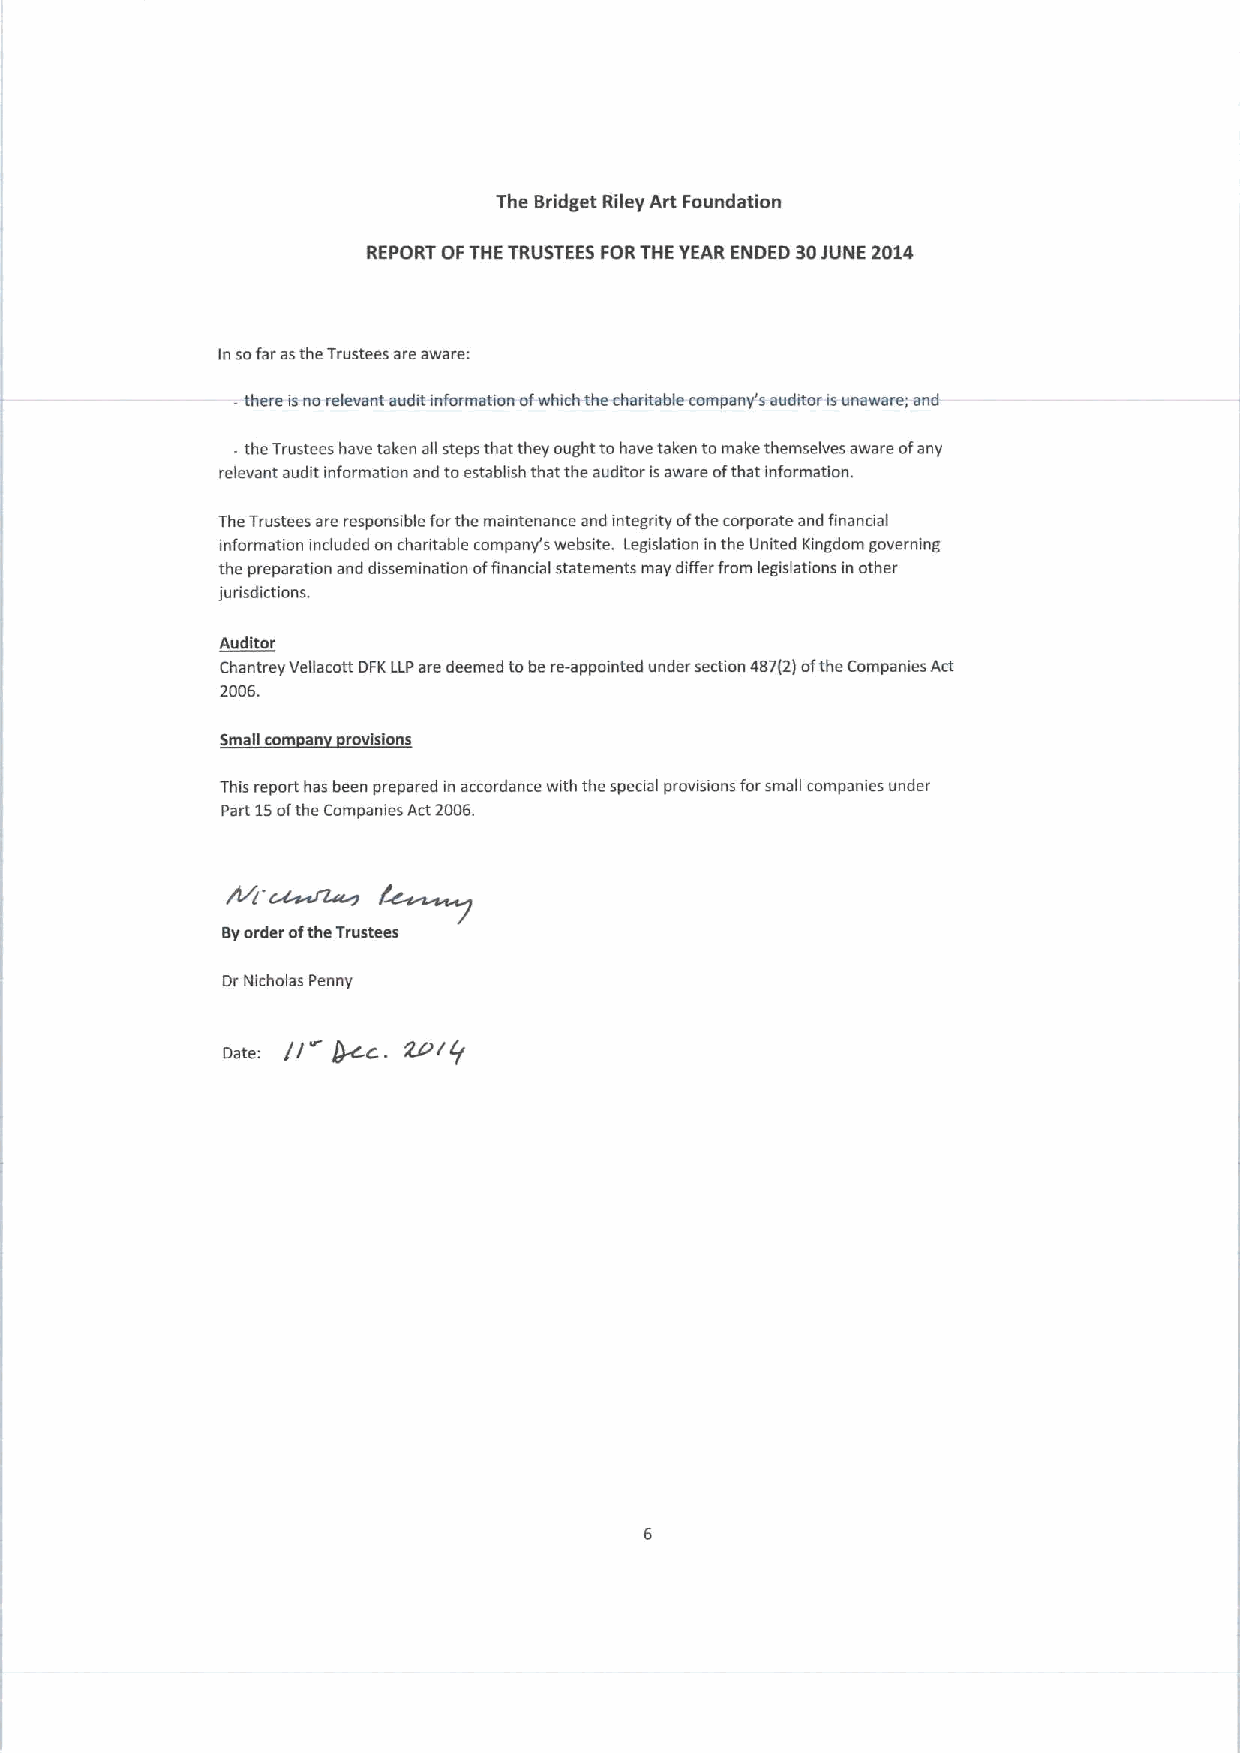
The Bridget Riley Art Foundation
 REPORT OFTHE TRUSTEES FORTHE YEAR ENDED 30JUNE 2014
 In sofar asthe Trustees are aware:
 .
 there isno relevant audkt information ofwhich the charitable company's auditor isunaware; and
 - the Trustees have taken all steps that they ought tohave taken tomake themselves aware ofany
 relevant audit information and toestablish that the auditor isaware ofthat information.
 The Trustees are responsible forthe maintenance and integrity ofthe corporate and financial
 information included on chantable company's website. Legislation in the United Kingdom governing
 the preparation and dissemination offinancial statements may differ from legislations in other
 jurisdictions.
 Auditor
 Chantrey Vellacott DFKLLPare deemed tobe re-appointed under section 467(2)ofthe Companies Act
 2006.
 Small corn an rovisions
 This report has been prepared m accordance with the special provisions forsmall companies under
 Part 15ofthe Companies Act2006.
 f~
 Byorder ofthe Trustees
 Dr Nicholas Penny